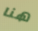
هنا